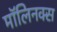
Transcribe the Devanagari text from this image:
मॉलिनक्स